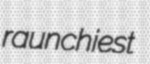
raunchiest